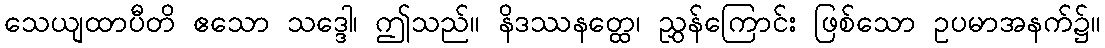
သေယျထာပီတိ ဧသော သဒ္ဒေါ၊ ဤသည်။ နိဒဿနတ္ထေ၊ ညွှန်ကြောင်း ဖြစ်သော ဥပမာအနက်၌။